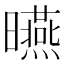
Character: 曣